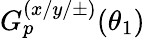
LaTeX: G_{p}^{(x/y/\pm)}(\theta_{1})